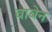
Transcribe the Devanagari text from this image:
वाबेन